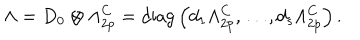
\Lambda = D _ { 0 } \otimes \Lambda _ { 2 p } ^ { C } = \mathrm { d i a g } \left( d _ { 1 } \Lambda _ { 2 p } ^ { C } , \ldots , d _ { s } \Lambda _ { 2 p } ^ { C } \right) .